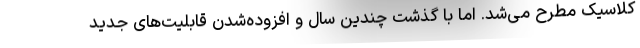
کلاسیک مطرح می‌شد. اما با گذشت چندین سال و افزوده‌شدن قابلیت‌های جدید